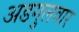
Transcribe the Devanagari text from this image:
अडगुलवार